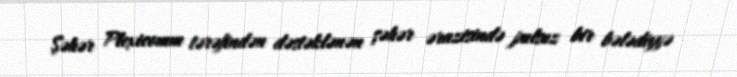
Şəhər Plexicomm tərəfindən dəstəklənən şəhər ərazisində pulsuz bir bələdiyyə